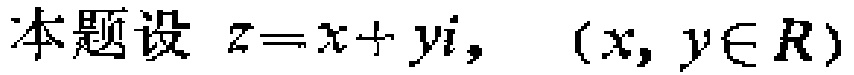
本题设 \(z = x + yi,\ (x, y\in \mathbb{R})\)